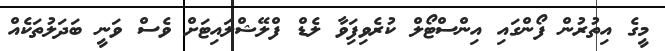
މީގެ އިތުރުން ފޯންގައި އިންސްޓޯލް ކުރެވިފަިވާ ލެޑް ފްލޭޝްލަައިޓަށް ވެސް ވަނީ ބަދަލުތަކެއް